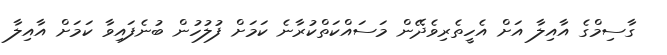
ގާސިމްގެ އާއިލާ އަށް އެހީތެރިވެދޭން މަސައްކަތްކުރާނެ ކަމަށް ފުލުހުން ބުނެފައިވާ ކަމަށް އާއިލާ